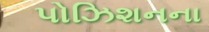
પોઝિશનના